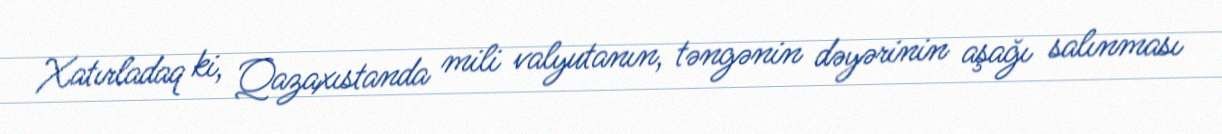
Xatırladaq ki, Qazaxıstanda mili valyutanın, təngənin dəyərinin aşağı salınması